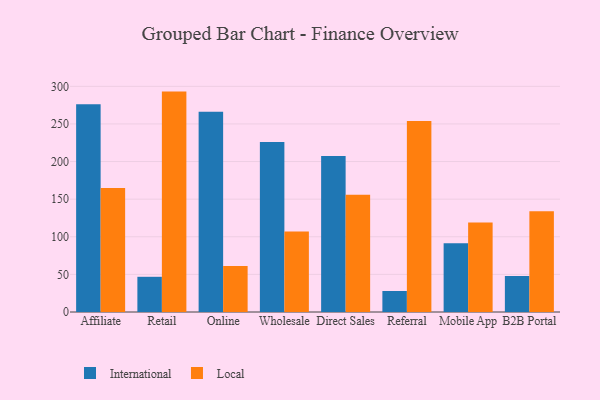
{"axis": {"x": "Channel", "y": "Bounce Rate (%)"}, "legend": ["International", "Local"], "data": [{"x": "Affiliate", "y": 276.3, "type": "International"}, {"x": "Affiliate", "y": 164.9, "type": "Local"}, {"x": "Retail", "y": 46.8, "type": "International"}, {"x": "Retail", "y": 293.0, "type": "Local"}, {"x": "Online", "y": 266.3, "type": "International"}, {"x": "Online", "y": 61.2, "type": "Local"}, {"x": "Wholesale", "y": 226.1, "type": "International"}, {"x": "Wholesale", "y": 107.0, "type": "Local"}, {"x": "Direct Sales", "y": 207.4, "type": "International"}, {"x": "Direct Sales", "y": 155.8, "type": "Local"}, {"x": "Referral", "y": 27.9, "type": "International"}, {"x": "Referral", "y": 253.8, "type": "Local"}, {"x": "Mobile App", "y": 91.5, "type": "International"}, {"x": "Mobile App", "y": 119.1, "type": "Local"}, {"x": "B2B Portal", "y": 47.9, "type": "International"}, {"x": "B2B Portal", "y": 133.8, "type": "Local"}]}